Madras plague regulations in force outside the Presidency town - Volume 2
Disease focus: Plague
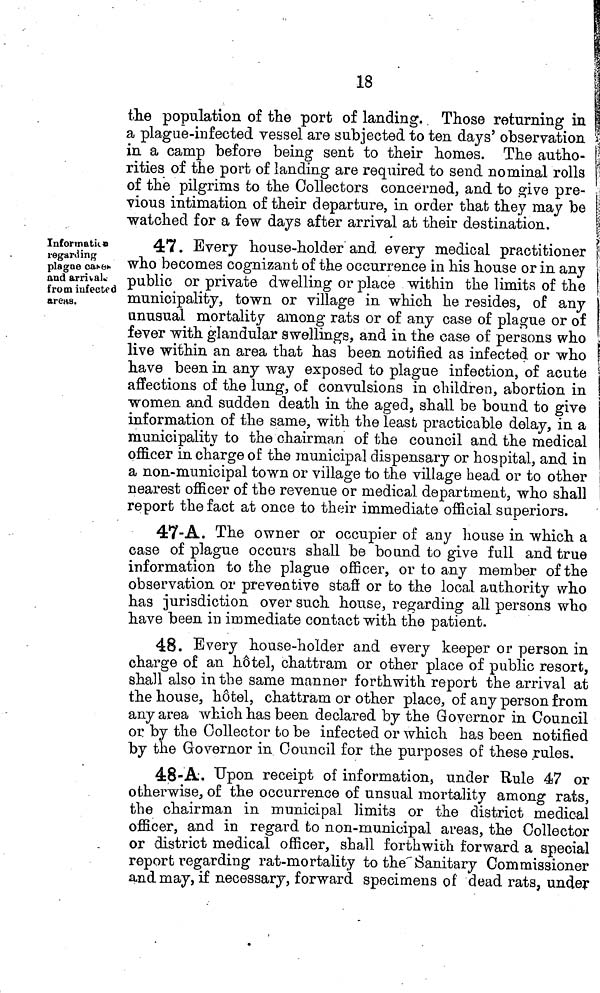
18
the population of the port of landing. Those returning in
a plague-infected vessel are Subjected to ten days' observation
in a camp before being sent to their homes. The autho-
rities of the port of landing are required to send nominal rolls
of the pilgrims to the Collectors concerned, and to give pre-
vious intimation of their departure, in order that they may be
watched for a few days after arrival at their destination.
Infortnatiin
regarding
plague cacen
and arrival«,
from infected
areas.
47. Every house-holder and. every medical practitioner j
who becomes cognizant of the occurrence in his house or in any
public or private dwelling or place within the limits of the
municipality, town or village in which he resides, of any
unusual mortality among rats or of any case of plague or of
fever with glandular swellings, and in the case of persons who
live within an area that has been notified as infected or who
have been in any way exposed to plague infection, of acute
affections of the lung, of convulsions in children, abortion in
women and sudden death in the aged, shall be bound to give
information of the same, with the least practicable delay, in a
municipality to the chairman of the council and the medical
officer in charge of the municipal dispensary or hospital, and in
a non-municipal town or village to the village head or to other
nearest officer of the revenue or medical department, who shall
report the fact at once to their immediate official superiors.
47-A. The owner or occupier of any house in which a
case of plague occurs shall be bound to give full and true
information to the plague officer, or to any member of the
observation or preventive stafí or fco the local authority who
has jurisdiction over such house, regarding all persons who
have been in immediate contact with the patient.
48. Every house-holder and every keeper or person in
charge of an hôtel, chattram or other place of public resort,
shall also in the same manner forthwith report the arrival at
the house, hôtel, chattram or other place, of any person from
any area which has been declared by the Governor in Council
or by the Collector to be infected or which has been notified
by the Governor in Council for the purposes of these rules.
48-A. Upon receipt of information, under Rule 47 or
otherwise, of the occurrence of unsual mortality among rats,
the chairman in municipal limits or the district medical
officer, and in regard to non-municipal areas, the Collector
or district medical officer, shall forthwith forward a special
report regarding rat-mortality to the" Sanitary Commissioner
and may, if necessary, forward specimens of dead rats, under